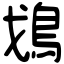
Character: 𩾷